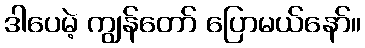
ဒါပေမဲ့ ကျွန်တော် ပြောမယ်နော်။